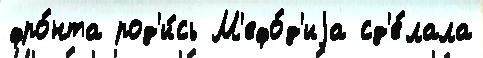
фро́нта род'и́сь М'ефо́д'иjа сд'е́лала